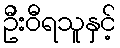
ဦးဝီရသူနှင့်